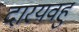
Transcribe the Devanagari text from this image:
दारयवहु